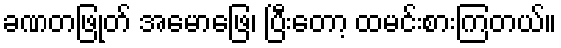
ခဏတဖြုတ် အမောဖြေ၊ ပြီးတော့ ထမင်းစားကြတယ်။